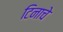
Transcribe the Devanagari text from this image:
टिनाचे